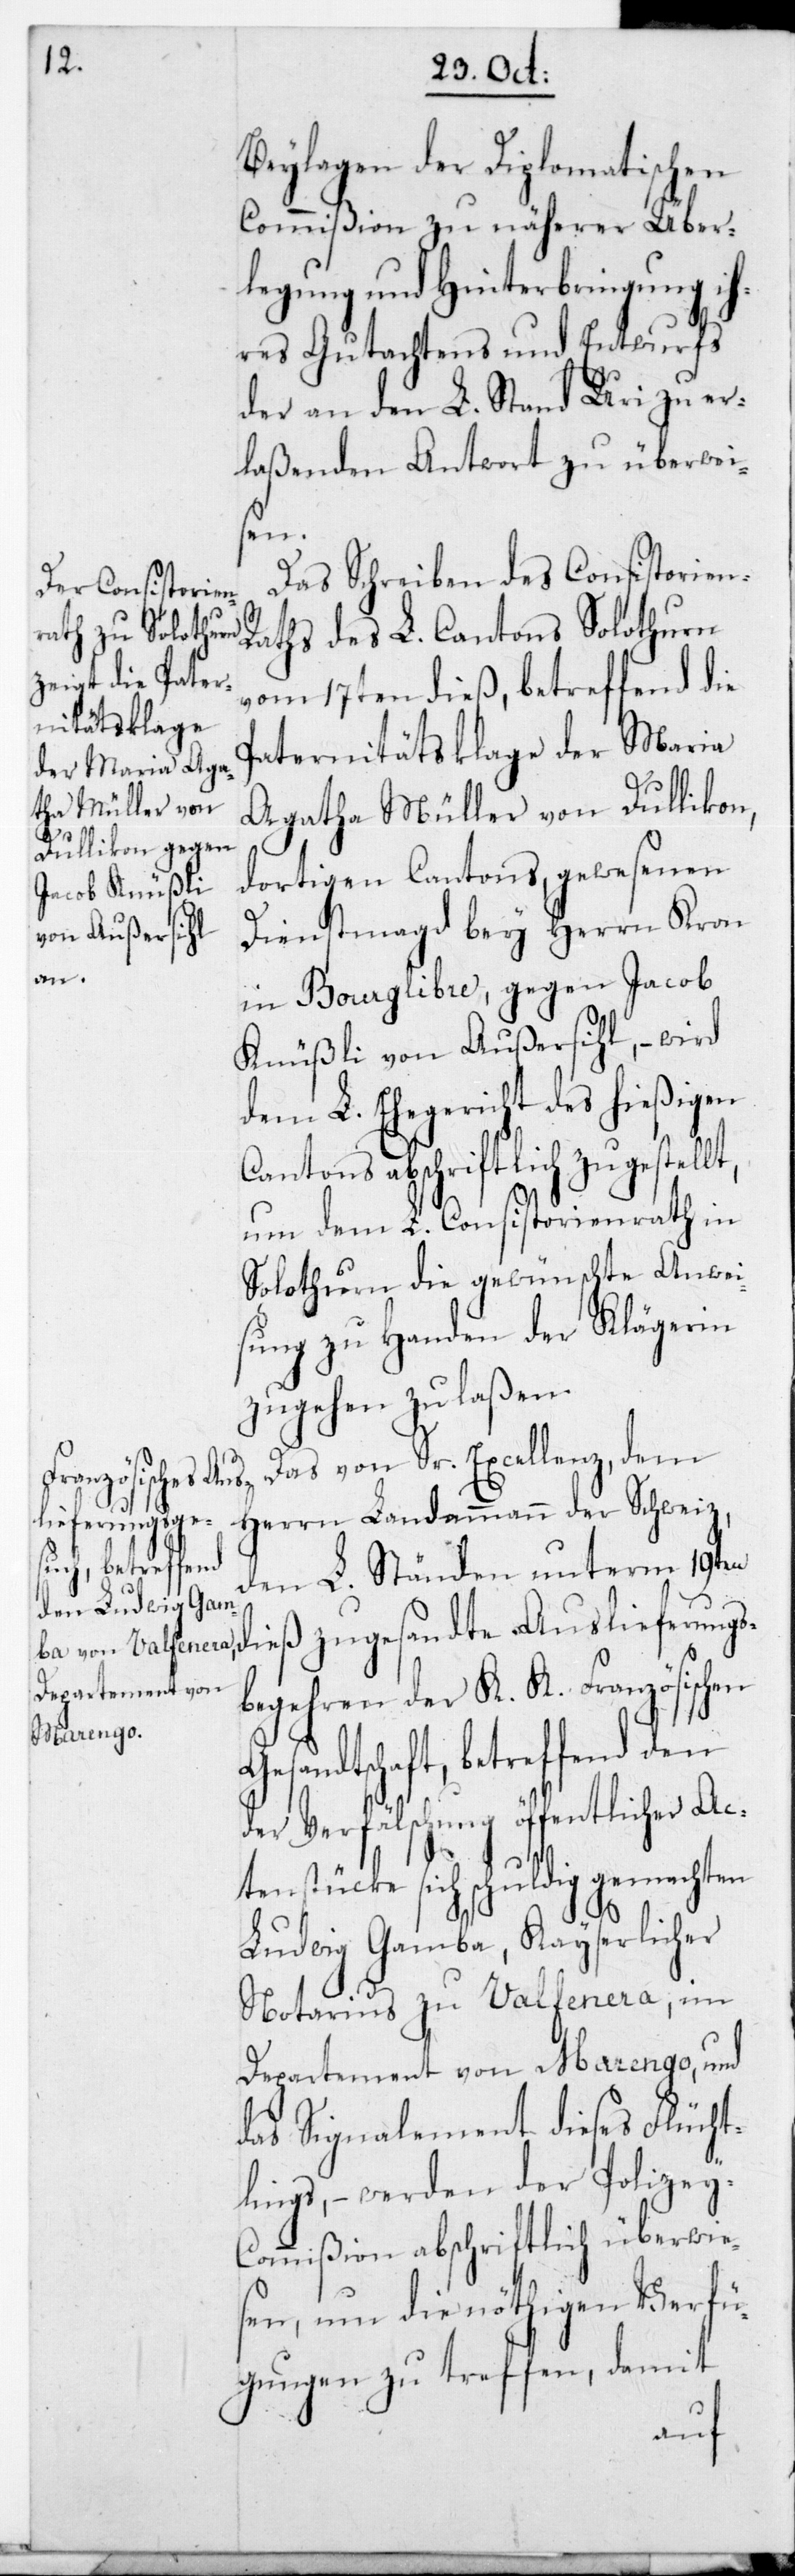
Beylagen der Diplomatischen
Commißion zu näherer Über¬
legung und Hinterbringung ih¬
res Gutachtens und Entwurfs
der an den L. Stand Uri zu er¬
laßenden Antwort zu überwei¬
sen.
Das Schreiben des Consistorien-R¬
aths des L. Cantons Solothurn
vom 17ten dieß, betreffend die
Paternitätsklage der Maria
Agatha Müller von Dullikon,
dortigen Cantons, gewesenen
Dienstmagd bey Herrn Kron
in Bourglibre, gegen Jacob
Knüßli von Außersihl, – wird
dem L. Ehegericht des hießigen
Cantons abschriftlich zugestel¬
um dem L. Consistorienrath in
Solothurn die gewünschte Anwei¬
sung zu Handen der Klägerin
zugehen zu laßen.
Das von Sr. Excellenz dem
Herrn Landammann der Schweiz,
den L. Ständen unterm 19ten
dieß zugesandte Auslieferungs¬
begehren der K. K. Französischen
Gesandtschaft, betreffend den
der Verfälschung öffentlicher Ac¬
lt,
tenstücke sich schuldig gemachten
Ludwig Gamba, Kayserlicher
Notarius zu Valfenera im
Departement von Marengo, und
das Signalement dieses Flücht¬
lings, – werden der Polizey-C¬
ommißion abschriftlich überwie¬
sen, um die nöthigen Verfü¬
gungen zu treffen, damit